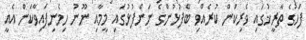
ފަހުގެ ތާރީޚުގައި ވެރިކަން ކުރެއްވި ބޭފުޅުންގެ ނަންފުޅުގައި މީމާއި ނޫނު ހިމެނިފައިވާކަން އެއީ